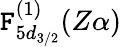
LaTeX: \mathtt{F}_{5d_{3/2}}^{(1)}(Z\alpha)